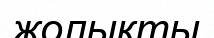
жолықты